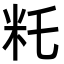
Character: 籷